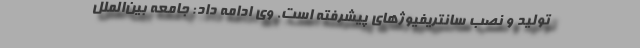
تولید و نصب سانتریفیوژ‌های پیشرفته است. وی ادامه داد: جامعه بین‌الملل